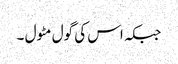
جبکہ اس کی گول مٹول ۔